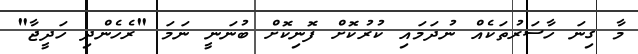
މާ ގިނަ ހާސަރުތަކެއް ނުދަމައި ކުރުކޮށް ފޮނިކޮށް ބުނަނީ ނަމަ "ރެހެންދި ހަދީޖާ"